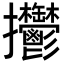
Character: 𢺴